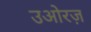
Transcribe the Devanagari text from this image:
उओरज़